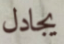
يجادل